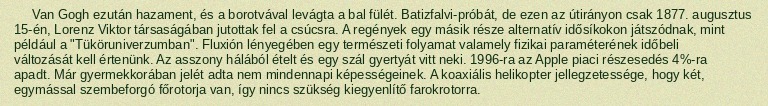
Van Gogh ezután hazament, és a borotvával levágta a bal fülét. Batizfalvi-próbát, de ezen az útirányon csak 1877. augusztus 15-én, Lorenz Viktor társaságában jutottak fel a csúcsra. A regények egy másik része alternatív idősíkokon játszódnak, mint például a "Tüköruniverzumban". Fluxión lényegében egy természeti folyamat valamely fizikai paraméterének időbeli változását kell értenünk. Az asszony hálából ételt és egy szál gyertyát vitt neki. 1996-ra az Apple piaci részesedés 4%-ra apadt. Már gyermekkorában jelét adta nem mindennapi képességeinek. A koaxiális helikopter jellegzetessége, hogy két, egymással szembeforgó főrotorja van, így nincs szükség kiegyenlítő farokrotorra.